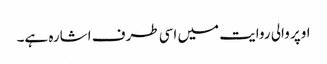
اوپر والی روایت میں اسی طرف اشارہ ہے۔